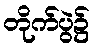
တိုက်ပွဲ၌